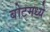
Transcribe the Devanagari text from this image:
बोटमध्ये